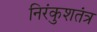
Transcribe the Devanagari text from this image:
निरंकुशतंत्र